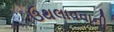
ઉથલાવવાની